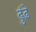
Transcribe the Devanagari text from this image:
ढुंढ़े